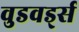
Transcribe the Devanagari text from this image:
वुडवर्ड्स